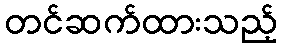
တင်ဆက်ထားသည့်